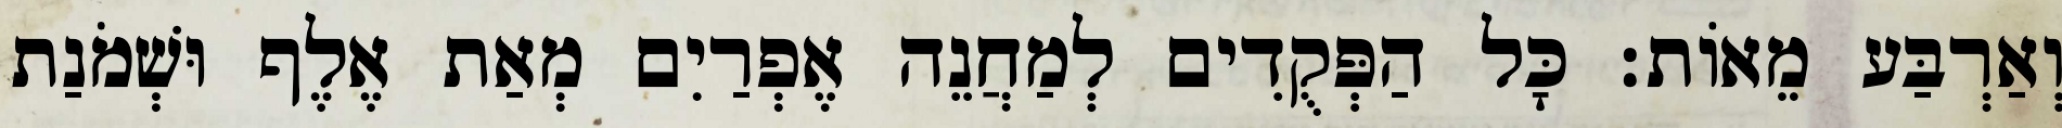
וְאַרְבַּע מֵאוֹת׃ כָּל הַפְּקֻדִים לְמַחֲנֵה אֶפְרַיִם מְאַת אֶלֶף וּשְׁמֹנַת